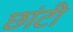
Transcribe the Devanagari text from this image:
छांटी